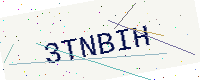
Text: 3TNBIH